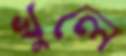
খুলে